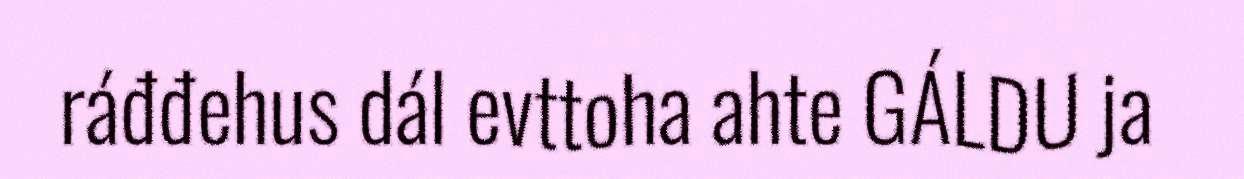
ráđđehus dál evttoha ahte GÁLDU ja